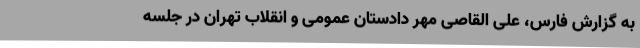
به گزارش فارس، علی القاصی مهر دادستان عمومی و انقلاب تهران در جلسه